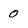
Character: 0